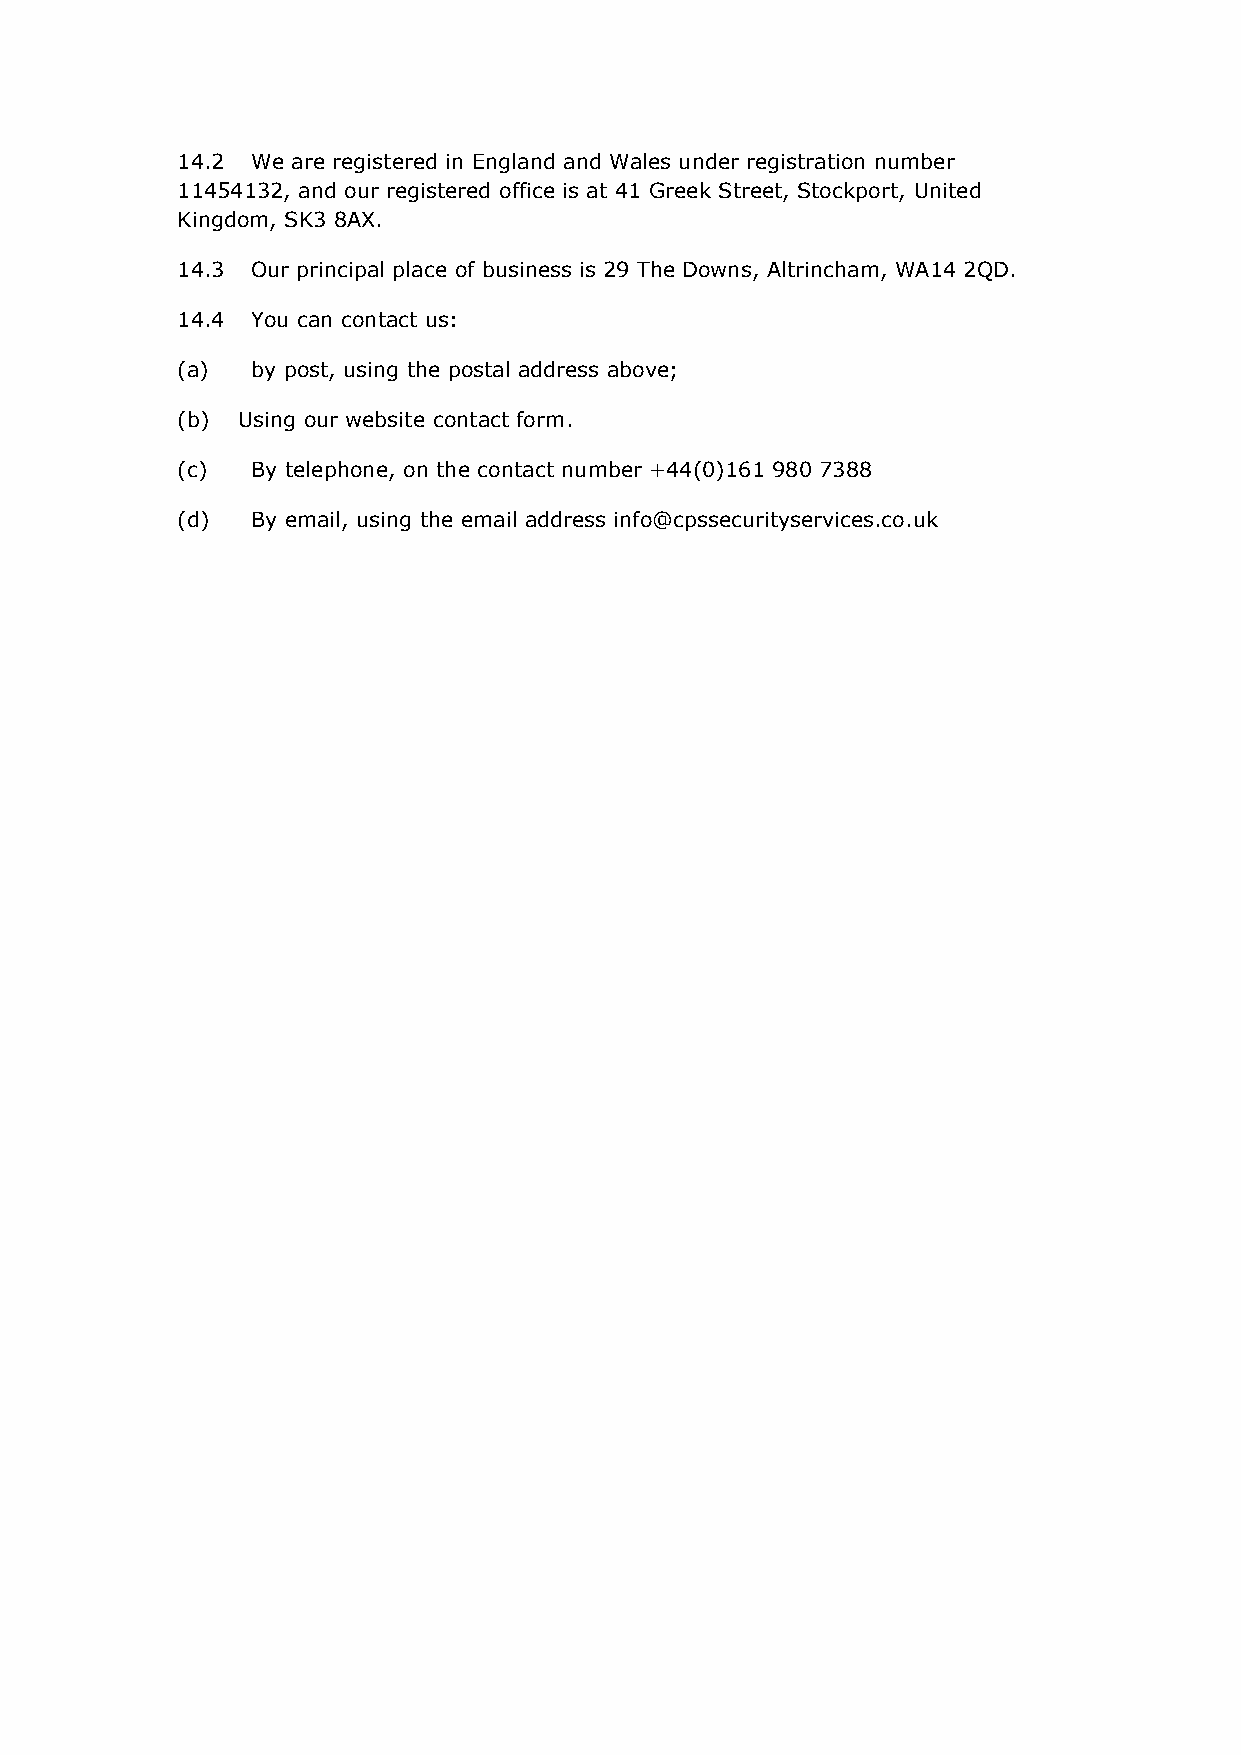
14.2 We are registered in England and Wales under registration number
 11454132, and our registered office is at 41 Greek Street, Stockport, United
 Kingdom, SK3 8AX.
 14.3 Our principal place of business is 29 The Downs, Altrincham, WA14 2QD.
 14.4 You can contact us:
 (a)  by post, using the postal address above;
 (b) Using our website contact form.
 (c)  By telephone, on the contact number +44(0)161 980 7388
 (d)  By email, using the email address info@cpssecurityservices.co.uk